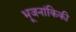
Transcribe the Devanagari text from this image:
भूजनांकिकी